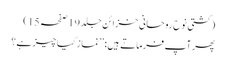
(کشتی نوح روحانی خزائن جلد 19صفحہ15)
پھر آپ فرماتے ہیں: ’’نماز کیا چیز ہے؟